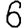
Digit: 6